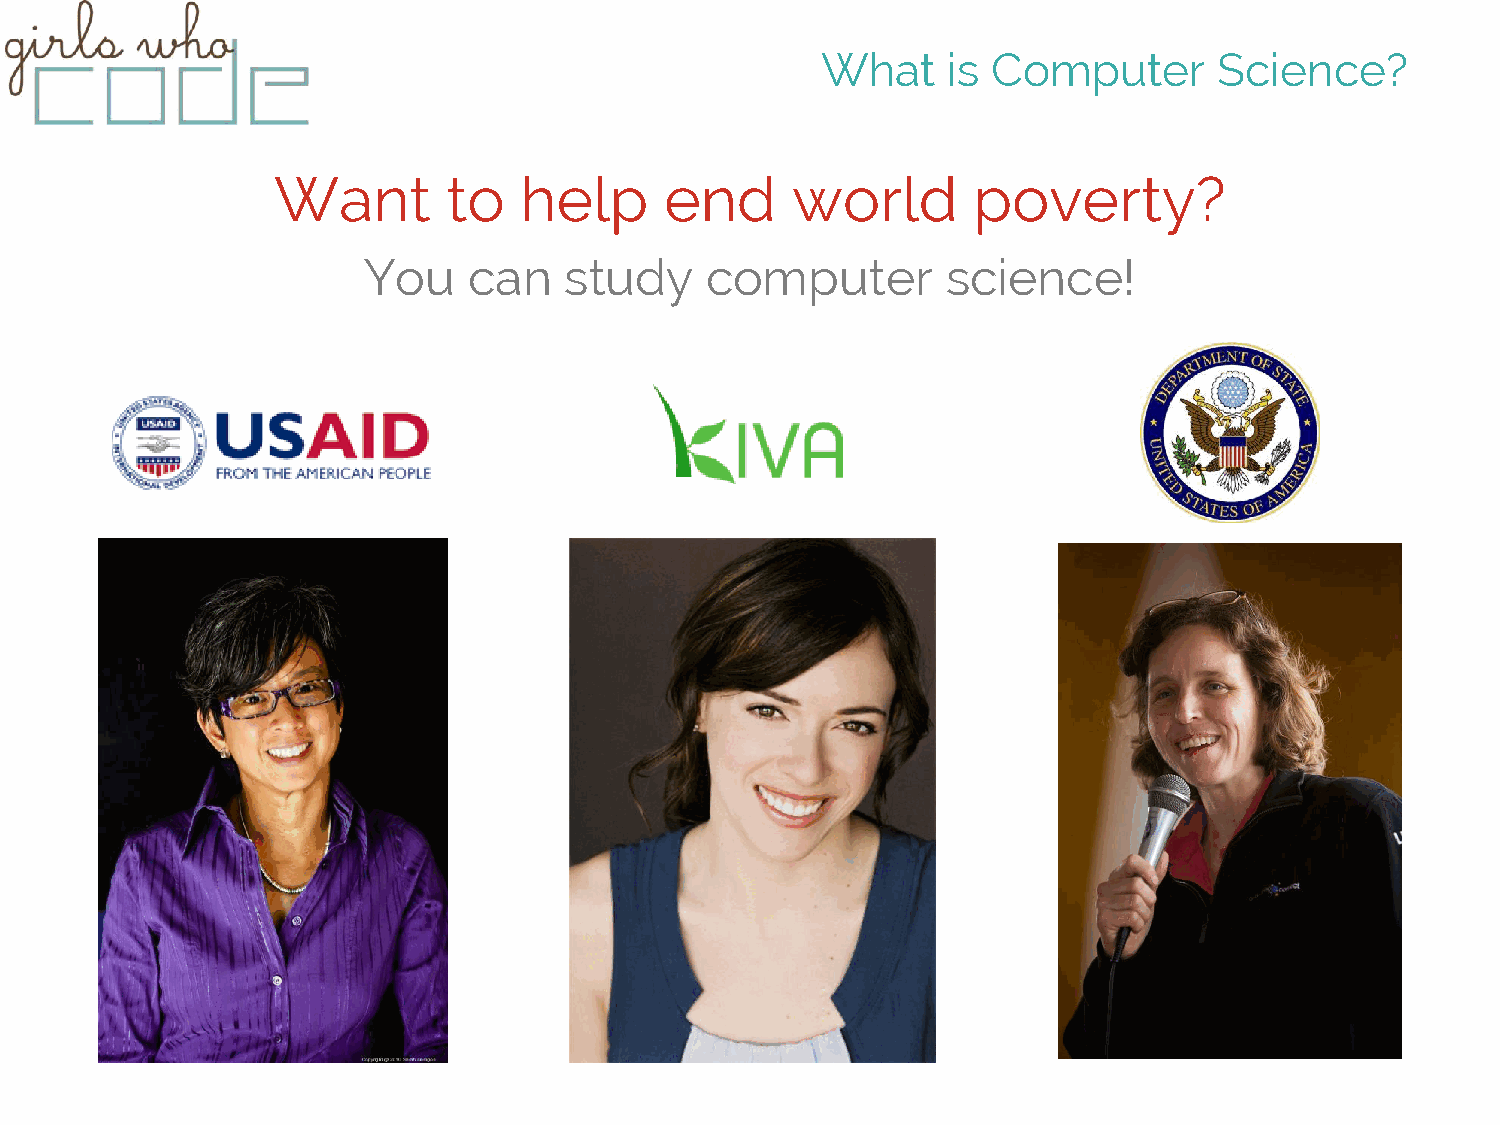
What     is Computer       Science?
 Want        to  help      end     world       poverty?
 You    can   study     computer        science!